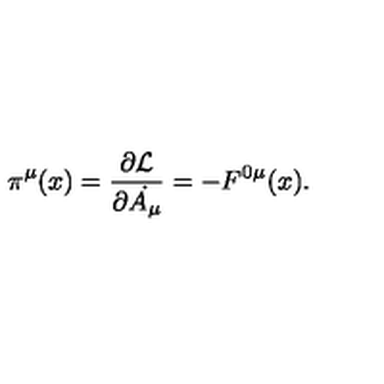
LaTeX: \pi ^ { \mu } ( x ) = \frac { \partial { \cal { L } } } { \partial \dot { A _ { \mu } } } = - F ^ { 0 \mu } ( x ) .